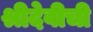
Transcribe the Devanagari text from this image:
श्रीदेवीची